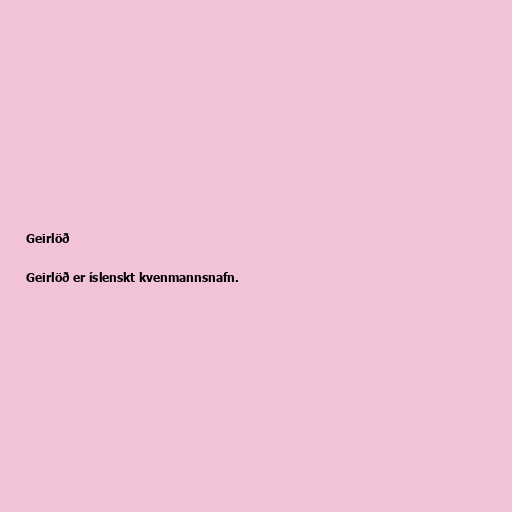
Geirlöð

Geirlöð er íslenskt kvenmannsnafn.